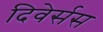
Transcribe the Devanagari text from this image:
दिवेर्सस